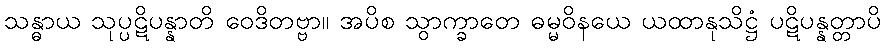
သန္ဓာယ သုပ္ပဋိပန္နာတိ ဝေဒိတဗ္ဗာ။ အပိစ သွာက္ခာတေ ဓမ္မဝိနယေ ယထာနုသိဋ္ဌံ ပဋိပန္နတ္တာပိ